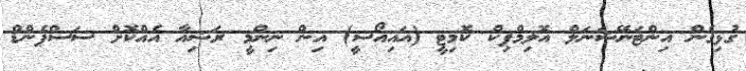
ގުޅިގެން އިންޓަނޭޝަނަލް އޮލިމްޕިކް ކޮމިޓީ (އައިއޯސީ) އިން ނިންމީ ރަޝިއާ އެއްކޮށް ސަސްޕެންޑް